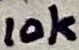
Text: 10k